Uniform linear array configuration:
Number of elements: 8
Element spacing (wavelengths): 0.5
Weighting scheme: hann
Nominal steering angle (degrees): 0
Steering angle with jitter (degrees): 0.778
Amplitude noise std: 0.05
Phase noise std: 0.05

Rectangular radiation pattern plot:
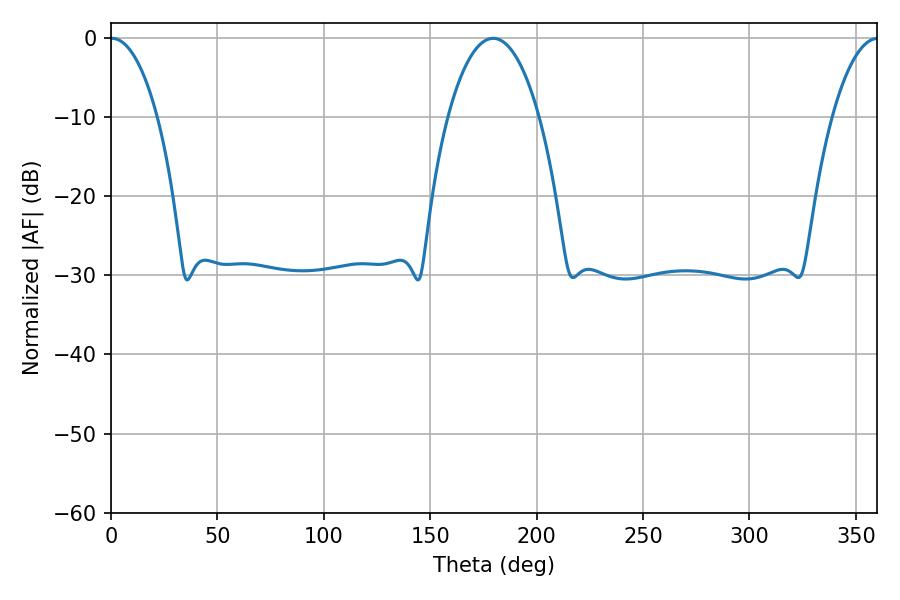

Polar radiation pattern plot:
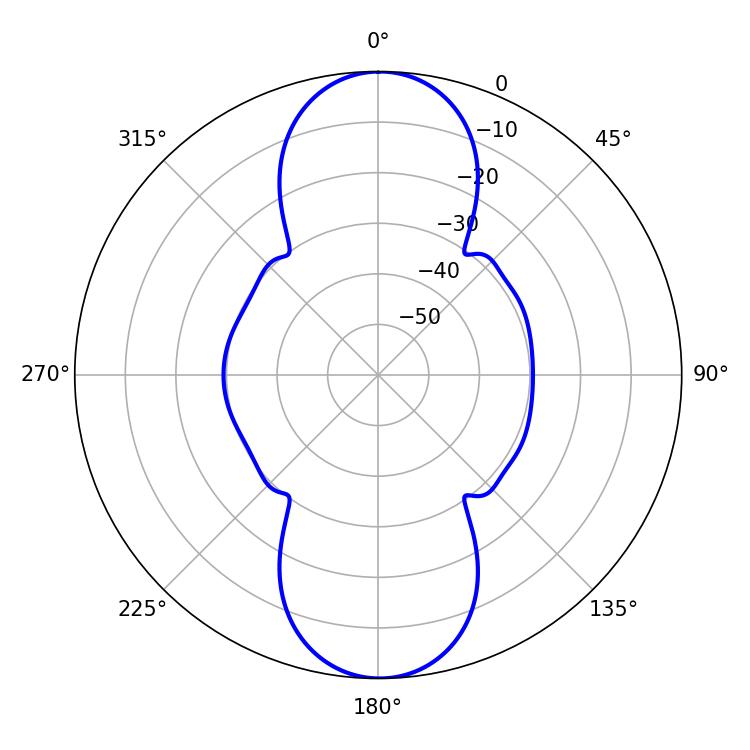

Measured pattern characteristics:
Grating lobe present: FALSE
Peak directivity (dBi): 25.638
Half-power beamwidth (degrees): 12.42
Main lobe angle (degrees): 0.36